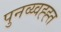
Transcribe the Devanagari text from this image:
पुनव्य्वह्ह्त